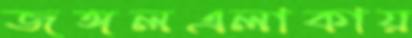
জঙ্গলএলাকায়